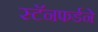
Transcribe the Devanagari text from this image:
स्टॅनफर्डने